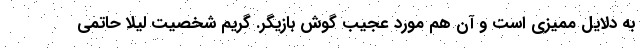
به دلایل ممیزی است و آن هم مورد عجیب گوش بازیگر. گریم شخصیت لیلا حاتمی